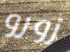
زورو